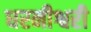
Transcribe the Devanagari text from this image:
धरनीश्वरी